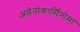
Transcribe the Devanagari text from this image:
अडेनोकार्सिनोमा